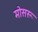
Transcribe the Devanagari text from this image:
मोसरू